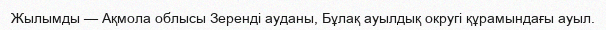
Жылымды — Ақмола облысы Зеренді ауданы, Бұлақ ауылдық округі құрамындағы ауыл.